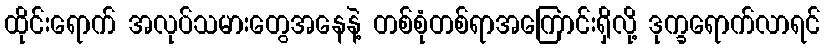
ထိုင်းရောက် အလုပ်သမားတွေအနေနဲ့ တစ်စုံတစ်ရာအကြောင်းရှိလို့ ဒုက္ခရောက်လာရင်